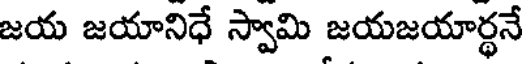
జయ జయానిధే స్వామి జయజయార్థనే